Scottish Certificate of Education, 1963
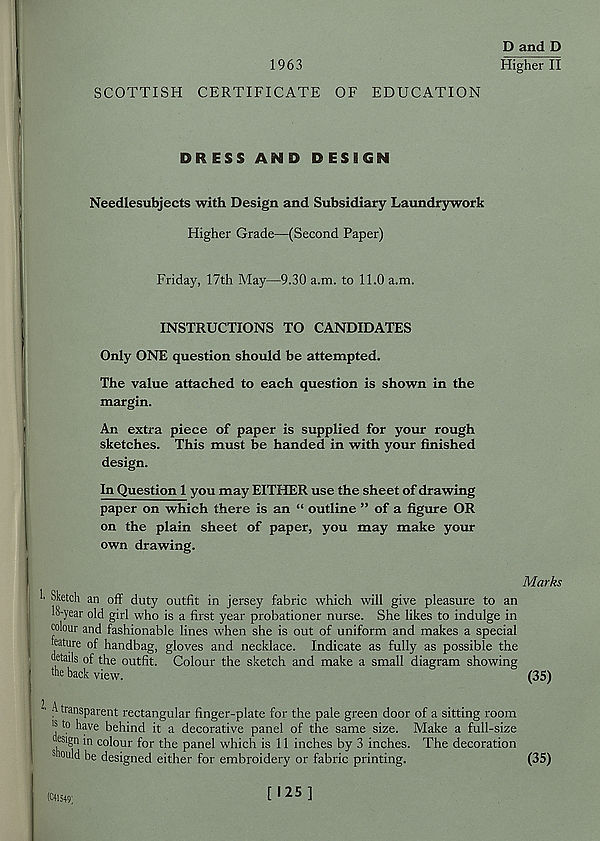
1963
D and D
HigheTIl
SCOTTISH CERTIFICATE OF EDUCATION
DRESS AND DESIGN
Needlesubjects with Design and Subsidiary Laundrywork
Higher Grade—(Second Paper)
Friday, 17th May—9.30 a.m. to 11.0 a.m.
INSTRUCTIONS TO CANDIDATES
Only ONE question should be attempted.
The value attached to each question is shown in the
margin.
An extra piece of paper is supplied for your rough
sketches. This must be handed in with your finished
design.
In Question 1 you may EITHER use the sheet of drawing
paper on which there is an “ outline ” of a figure OR
on the plain sheet of paper, you may make your
own drawing.
Sketch an off duty outfit in jersey fabric which will give pleasure to an
18-year old girl who is a first year probationer nurse. She likes to indulge in
colour and fashionable lines when she is out of uniform and makes a special
teature of handbag, gloves and necklace. Indicate as fully as possible the
details of the outfit. Colour the sketch and make a small diagram showing
the back view.
3 transparent rectangular finger-plate for the pale green door of a sitting room
' s have behind it a decorative panel of the same size. Make a full-size
esign in colour for the panel which is 11 inches by 3 inches. The decoration
8 Quid be designed either for embroidery or fabric printing.
Marks
(35)
(35)